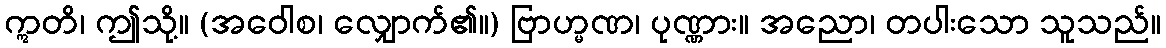
ဣတိ၊ ဤသို့။ (အဝေါစ၊ လျှောက်၏။) ဗြာဟ္မဏ၊ ပုဏ္ဏား။ အညော၊ တပါးသော သူသည်။